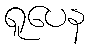
ရူပေန